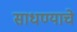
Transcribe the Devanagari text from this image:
साधण्‍याचे